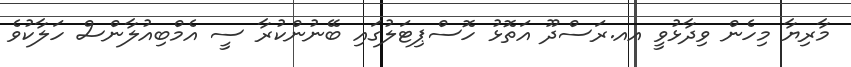
މާރިޔާ މިހެން ވިދާޅުވީ އއ.ރަސްދޫ އަތޮޅު ހޮސްޕިޓަލުގައި ބޭނުންކުރާ ސީ އެމްބިއުލާންސް ހަލާކުވެ